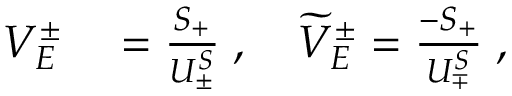
\begin{array} { r l } { V _ { E } ^ { \pm } } & { { } = \frac { S _ { + } } { U _ { \pm } ^ { S } } \; , \quad \widetilde { V } _ { E } ^ { \pm } = \frac { - { S } _ { + } } { { U } _ { \mp } ^ { S } } \; , } \end{array}